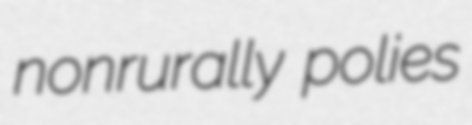
nonrurally polies